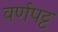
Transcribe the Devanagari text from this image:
वर्णपट्ट